Report on the lunatic asylums under the Government of Bombay - 1904-1913
Year: 1904
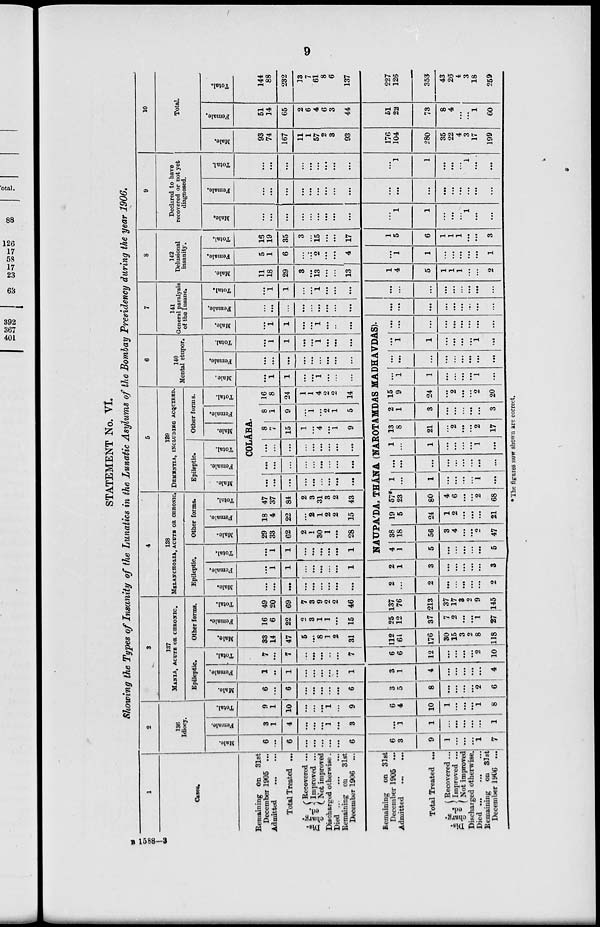
9
STATEMENT No. VI.
Showing the Types of Insanity of the Lunatics in the Lunatic Asylums of the Bombay Presidency during the year 1906.
1
Cases.
Remaining on 31st
December 1905 ...
Admitted
...
...
Total Treated ...
Dis-
charg-
Recovered ...
Improved ...
Not improved
Discharged otherwise.
Died
...
...
...
Remaining on 31st
December 1906 ...
Remaining
on 31st
December 1905 ...
Admitted ... ...
Total Treated ...
Dis-
charg-
ed.
Recovered ...
Improved ...
Not improved
Discharged otherwise.
Died ... ... ...
Remaining on 31st
December 1906 ...
2
136
Idiocy.
Male.
6
...
6
...
...
...
...
...
6
6
3
9
1
...
...
...
1
7
Female.
3
1
4
...
...
...
1
...
3
...
1
1
...
...
...
...
...
1
Total.
9
1
10
...
...
...
1
...
9
6
4
10
1
...
...
...
1
8
3
137
MANIA, ACUTE OR CHRONIC.
Epileptic.
Male.
6
...
6
...
...
...
...
...
6
3
5
8
...
...
...
...
2
6
Female.
1
...
1
...
...
...
...
...
1
3
1
4
...
...
...
...
...
4
Total.
7
...
7
...
...
...
..
...
7
6
6
12
...
...
...
...
2
10
Other forms.
Male.
33
14
47
5
...
8
1
2
31
112
61
176
30
15
3
2
8
118
Female.
16
6
22
2
3
1
1
...
15
25
12
37
7
2
...
...
1
27
Total.
49
20
69
7
3
9
2
2
46
137
76
213
37
17
3
2
9
145
4
138
MELANCHOLIA, ACUTE OR CHRONIC.
Epileptic.
Male.
...
...
...
...
...
...
...
...
...
2
...
2
...
...
...
...
...
2
Female.
...
1
1
...
...
...
...
...
1
2
1
3
...
...
...
...
...
3
Total.
...
1
1
...
...
...
...
...
1
Other forms.
Male.
29
33
62
2
1
30
1
...
28
Female.
18
4
22
...
2
1
2
2
15
Total.
47
37
84
2
3
31
3
2
43
5
139
DEMENTIA, INCLUDING ACQUIRED.
Epileptic.
Male.
Female.
Total.
Other forms.
Male.
Female.
Total.
COLÁBA.
...
...
...
...
...
...
...
...
...
...
...
...
...
...
...
...
...
...
...
...
...
...
...
...
...
...
...
8
7
15
1
...
4
...
1
9
8
1
9
...
1
...
2
1
5
16
8
24
1
1
4
2
2
14
6
140
Mental stupor.
Male.
...
1
1
...
...
1
...
...
...
Female.
...
...
...
...
...
...
...
...
...
Total.
...
1
1
...
...
1
...
...
...
7
141
General paralysis
of the Insane.
Male.
...
1
1
...
...
1
...
...
...
NAUPA'DA, THÁNA (NAROTAMDAS MADHAVDAS).
4
1
5
...
...
...
...
...
5
38
18
56
3
4
...
...
2
47
19
5
24
1
2
...
...
...
21
57*
23
80
4
6
...
...
2
68
1
...
1
...
...
...
...
1
...
...
...
...
...
...
...
...
...
...
1
...
1
...
...
...
...
1
...
13
8
21
...
2
...
...
2
17
2
1
3
...
...
...
...
...
3
15
9
24
...
2
...
...
2
20
...
1
1
...
...
...
...
1
...
...
...
...
...
...
...
...
...
...
...
1
1
...
...
...
...
1
...
...
...
...
...
...
...
...
...
...
Female.
...
...
...
...
...
...
...
...
...
...
...
...
...
...
...
...
...
...
Total.
...
1
1
...
...
1
...
...
...
...
...
...
...
...
...
...
...
...
8
142
Delusional
insanity.
Male.
11
18
29
3
...
13
...
...
13
1
4
5
1
1
1
...
...
2
Female.
5
1
6
...
...
2
...
...
4
...
1
1
...
...
...
...
...
1
Total.
16
19
35
3
...
15
...
...
17
1
5
6
1
1
1
...
...
3
9
Declared to have
recovered or not yet
diagnosed.
Male.
...
...
...
...
...
...
...
...
...
...
1
1
...
...
...
1
...
...
Female.
...
...
...
...
...
...
...
...
...
...
...
...
...
...
...
...
...
...
Total.
...
...
...
...
...
...
...
...
...
...
1
1
...
...
...
1
...
...
10
Total.
Male.
93
74
167
11
1
57
2
3
93
176
104
280
35
22
4
3
17
199
Female.
51
14
65
2
6
4
6
3
44
51
22
73
8
4
...
...
1
60
Total.
144
88
232
13
7
61
8
6
137
227
126
353
43
26
4
3
18
259
* The figures now shown are correct.
B 1588—3